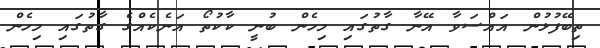
ތިބޭފުޅުން އައްސަވާ އޭނާ ގާތުގައި މިހެން ބުނީ ކާކުތޯ އަނެކެއްގެ ގާތުގައި މިހެން